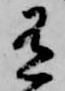
有